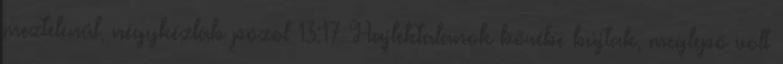
meztelenül, négykézláb pózol 13:17 Hajléktalanok bőrébe bújtak, meglepő volt